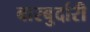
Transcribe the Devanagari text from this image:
बारबुर्दारी